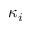
\kappa _ { i }